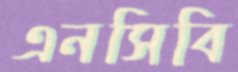
এনসিবি